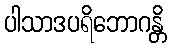
ပါသာဒပရိဘောဂန္တိ